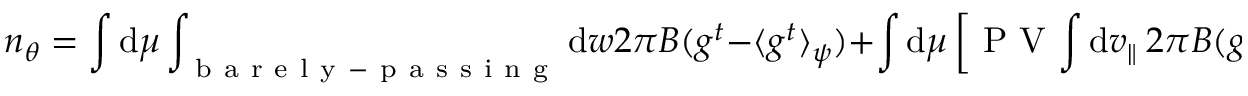
n _ { \theta } = \int \mathrm { d } \mu \int _ { \mathrm { ~ b ~ a ~ r ~ e ~ l ~ y ~ - ~ p ~ a ~ s ~ s ~ i ~ n ~ g ~ } } \mathrm { d } w \: 2 \pi B ( g ^ { t } - \langle g ^ { t } \rangle _ { \psi } ) + \int \mathrm { d } \mu \: \left[ \mathrm { ~ P ~ V ~ } \! \int \mathrm { d } v _ { \parallel } \: 2 \pi B ( g ^ { p } - \langle g ^ { p } \rangle _ { \psi } ) \right] ,